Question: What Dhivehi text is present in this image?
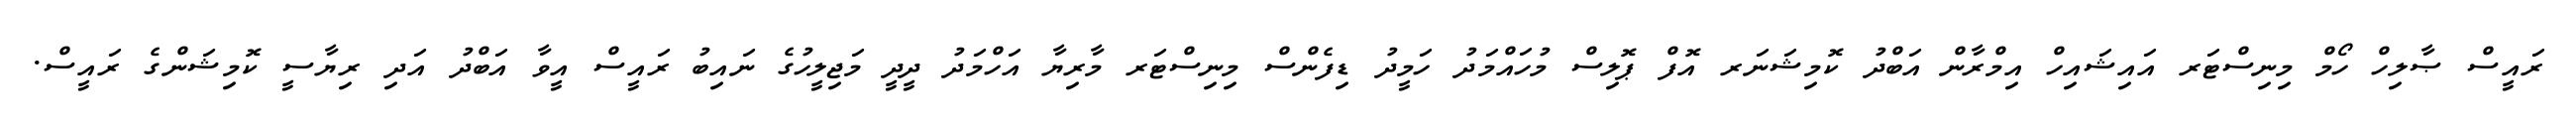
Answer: ރައީސް ޞާލިހް ހޯމް މިނިސްޓަރ އައިޝައިހް އިމްރާން އަބްދު ކޮމިޝަނަރ އޮފް ޕޮލިސް މުހައްމަދު ހަމީދު ޑިފެންސް މިނިސްޓަރ މާރިޔާ އަހްމަދު ދީދީ މަޖިލީހުގެ ނައިބު ރައީސް އީވާ އަބްދު އަދި ރިޔާސީ ކޮމިޝަންގެ ރައީސް.